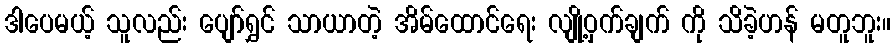
ဒါပေမယ့် သူလည်း ပျော်ရွှင် သာယာတဲ့ အိမ်ထောင်ရေး လျို့ဝှက်ချက် ကို သိခဲ့ဟန် မတူဘူး။